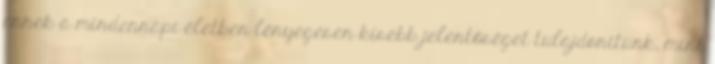
ennek a mindennapi életben lényegesen kisebb jelentőséget tulajdonítunk, mint